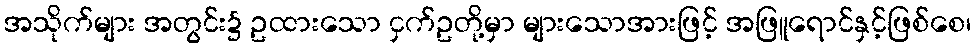
အသိုက်များ အတွင်း၌ ဥထားသော ငှက်ဥတို့မှာ များသောအားဖြင့် အဖြူရောင်နှင့်ဖြစ်စေ၊